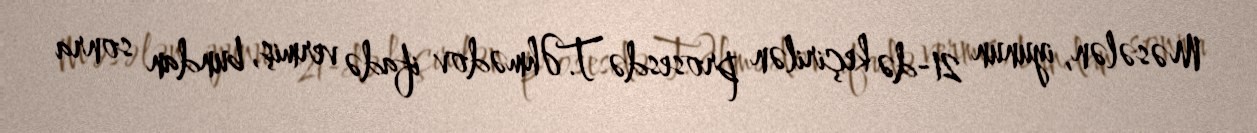
Məsələn, iyunun 21-də keçirilən prosesdə T.Əhmədov ifadə vermiş, bundan sonra